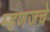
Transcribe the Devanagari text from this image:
म्हणजचे